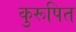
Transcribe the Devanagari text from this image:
कुरूपित